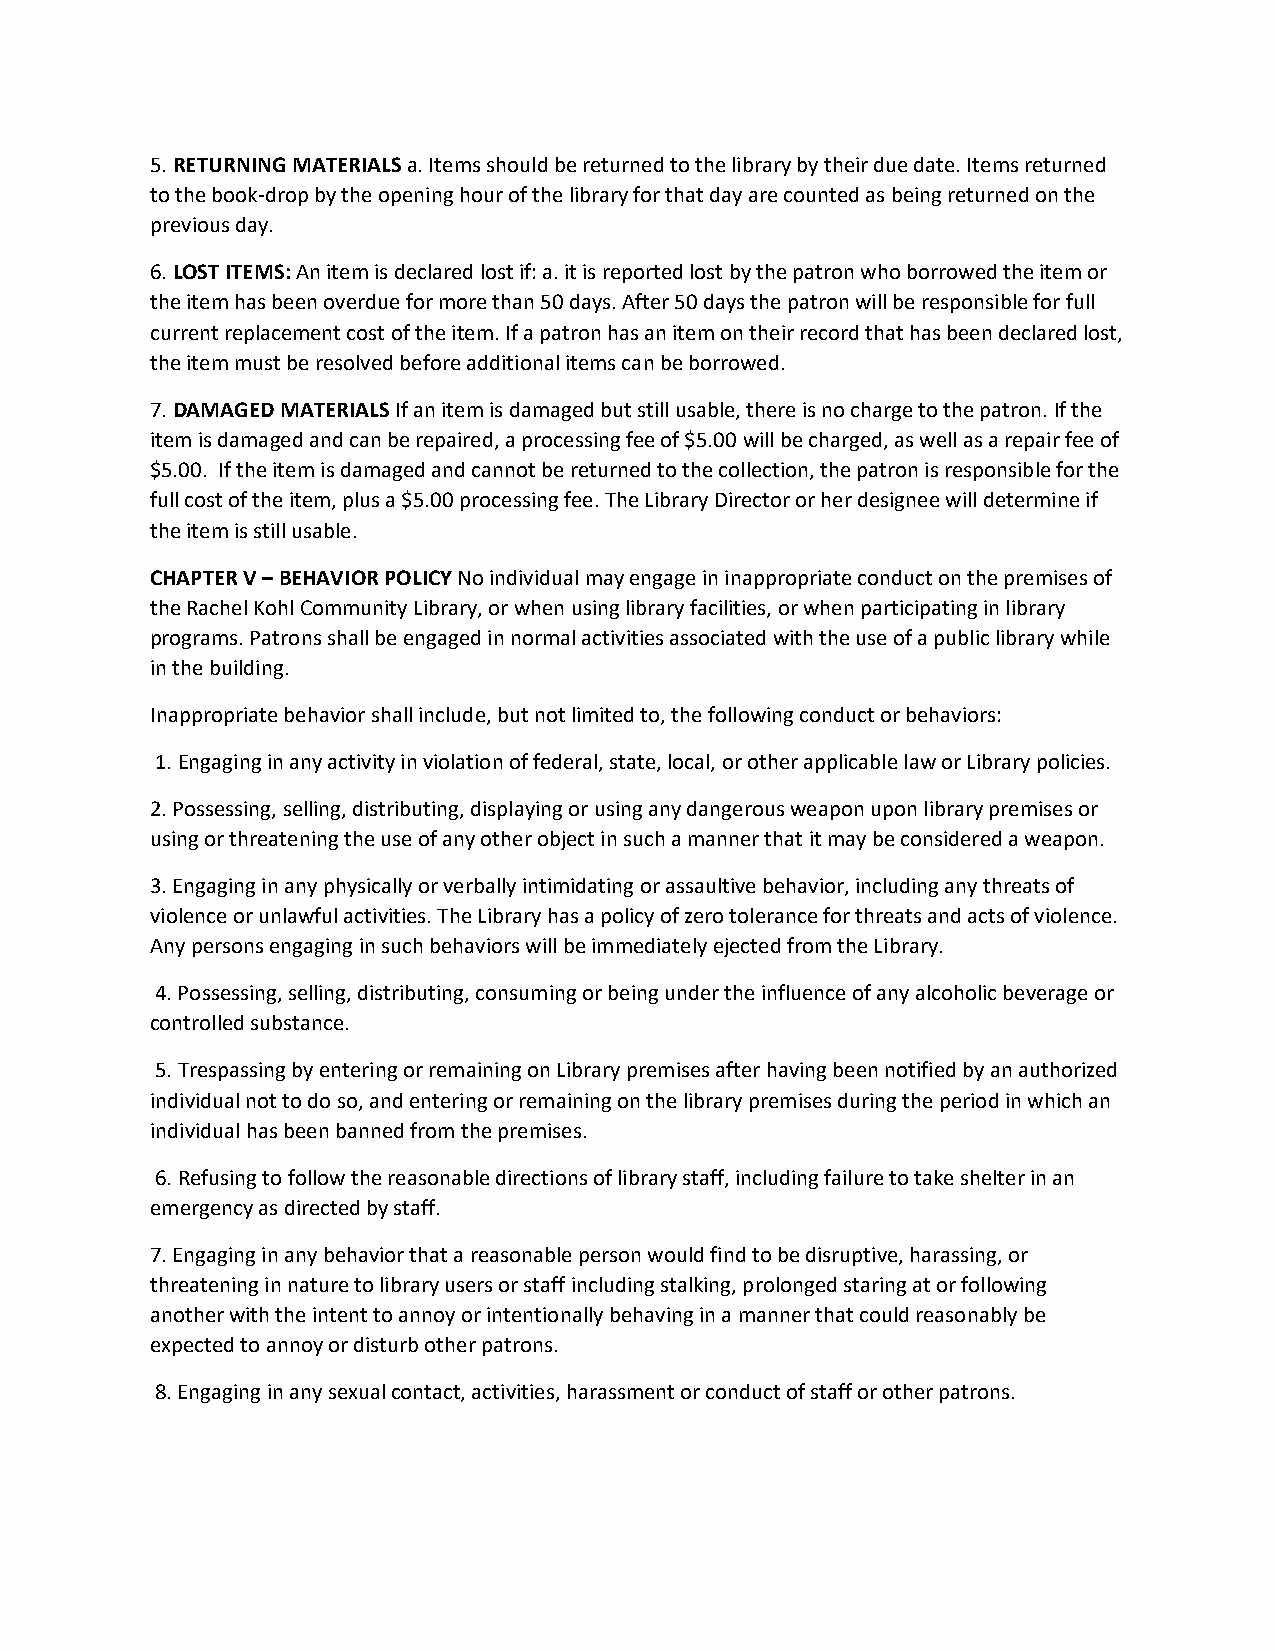
5. RETURNING MATERIALS a. Items should be returned to the library by their due date. Items returned
 to the book-drop by the opening hour of the library for that day are counted as being returned on the
 previous day.
 6. LOST ITEMS: An item is declared lost if: a. it is reported lost by the patron who borrowed the item or
 the item has been overdue for more than 50 days. After 50 days the patron will be responsible for full
 current replacement cost of the item. If a patron has an item on their record that has been declared lost,
 the item must be resolved before additional items can be borrowed.
 7. DAMAGED MATERIALS If an item is damaged but still usable, there is no charge to the patron. If the
 item is damaged and can be repaired, a processing fee of $5.00 will be charged, as well as a repair fee of
 $5.00. If the item is damaged and cannot be returned to the collection, the patron is responsible for the
 full cost of the item, plus a $5.00 processing fee. The Library Director or her designee will determine if
 the item is still usable.
 CHAPTER V – BEHAVIOR POLICY No individual may engage in inappropriate conduct on the premises of
 the Rachel Kohl Community Library, or when using library facilities, or when participating in library
 programs. Patrons shall be engaged in normal activities associated with the use of a public library while
 in the building.
 Inappropriate behavior shall include, but not limited to, the following conduct or behaviors:
 1. Engaging in any activity in violation of federal, state, local, or other applicable law or Library policies.
 2. Possessing, selling, distributing, displaying or using any dangerous weapon upon library premises or
 using or threatening the use of any other object in such a manner that it may be considered a weapon.
 3. Engaging in any physically or verbally intimidating or assaultive behavior, including any threats of
 violence or unlawful activities. The Library has a policy of zero tolerance for threats and acts of violence.
 Any persons engaging in such behaviors will be immediately ejected from the Library.
 4. Possessing, selling, distributing, consuming or being under the influence of any alcoholic beverage or
 controlled substance.
 5. Trespassing by entering or remaining on Library premises after having been notified by an authorized
 individual not to do so, and entering or remaining on the library premises during the period in which an
 individual has been banned from the premises.
 6. Refusing to follow the reasonable directions of library staff, including failure to take shelter in an
 emergency as directed by staff.
 7. Engaging in any behavior that a reasonable person would find to be disruptive, harassing, or
 threatening in nature to library users or staff including stalking, prolonged staring at or following
 another with the intent to annoy or intentionally behaving in a manner that could reasonably be
 expected to annoy or disturb other patrons.
 8. Engaging in any sexual contact, activities, harassment or conduct of staff or other patrons.